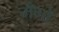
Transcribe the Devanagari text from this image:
मँगो